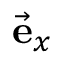
\vec { \mathbf { e } } _ { x }